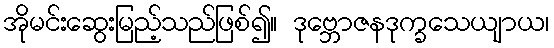
အိုမင်းဆွေးမြည့်သည်ဖြစ်၍။ ဒုဗ္ဘောဇနဒုက္ခသေယျာယ၊